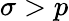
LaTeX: \sigma>p